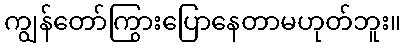
ကျွန်တော်ကြွားပြောနေတာမဟုတ်ဘူး။